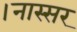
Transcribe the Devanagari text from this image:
।नास्सर